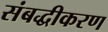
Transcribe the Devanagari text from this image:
संबद्धीकरण